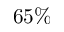
6 5 \%